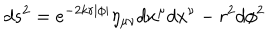
d s ^ { 2 } = e ^ { - 2 k r | \phi | } \eta _ { \mu \nu } d x ^ { \mu } d x ^ { \nu } - r ^ { 2 } d \phi ^ { 2 }